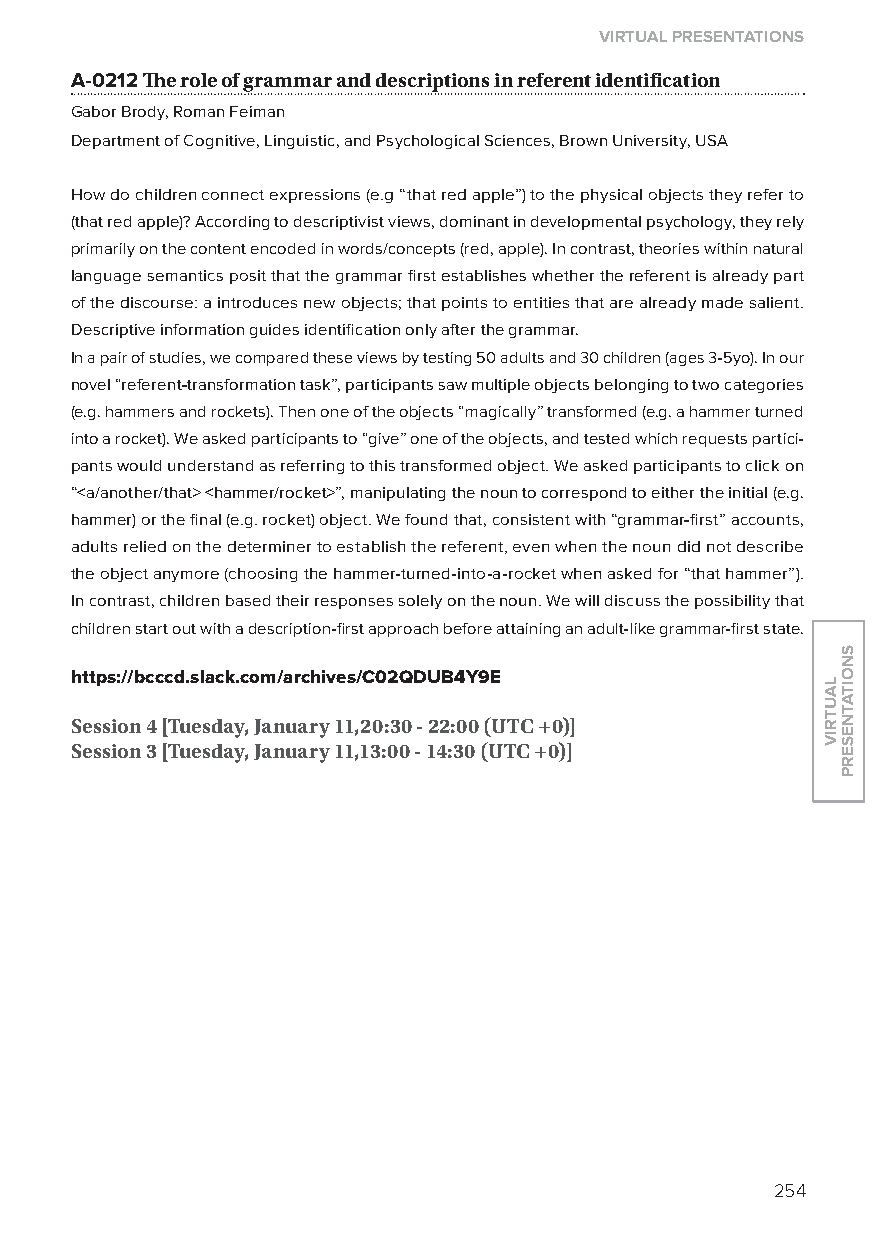
virtual presentations
 A-0212 The role of grammar and descriptions in referent identification
 Gabor Brody, Roman Feiman
 Department of Cognitive, linguistic, and Psychological Sciences, Brown University, USA
 How do children connect expressions (e.g “that red apple”) to the physical objects they refer to
 (that red apple)? According to descriptivist views, dominant in developmental psychology, they rely
 primarily on the content encoded in words/concepts (red, apple). In contrast, theories within natural
 language semantics posit that the grammar first establishes whether the referent is already part
 of the discourse: a introduces new objects; that points to entities that are already made salient.
 Descriptive information guides identification only after the grammar.
 In a pair of studies, we compared these views by testing 50 adults and 30 children (ages 3-5yo). In our
 novel “referent-transformation task”, participants saw multiple objects belonging to two categories
 (e.g. hammers and rockets). Then one of the objects “magically” transformed (e.g. a hammer turned
 into a rocket). We asked participants to “give” one of the objects, and tested which requests partici-
 pants would understand as referring to this transformed object. We asked participants to click on
 “<a/another/that> <hammer/rocket>”, manipulating the noun to correspond to either the initial (e.g.
 hammer) or the final (e.g. rocket) object. We found that, consistent with “grammar-first” accounts,
 adults relied on the determiner to establish the referent, even when the noun did not describe
 the object anymore (choosing the hammer-turned-into-a-rocket when asked for “that hammer”).
 In contrast, children based their responses solely on the noun. We will discuss the possibility that
 children start out with a description-first approach before attaining an adult-like grammar-first state.
 https://bcccd.slack.com/archives/C02QduB4y9e
 session 4 [tuesday, January 11,20:30 - 22:00 (utC +0)]
 session 3 [tuesday, January 11,13:00 - 14:30 (utC +0)]
 254
 lautriv
 snoitatneserp